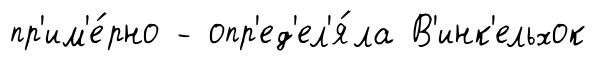
пр'им'е́рно - опр'ед'ел'я́ла В'инк'ельхок